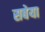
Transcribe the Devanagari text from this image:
सबेया